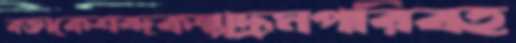
বক্তাকেশব্দকল্পদ্রূমপরিবহ